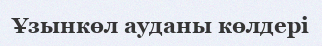
Ұзынкөл ауданы көлдері